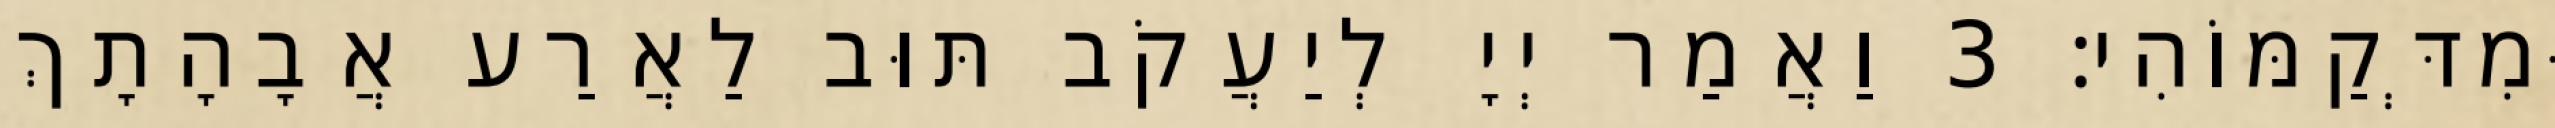
וּמִדְּקַמּוֹהִי׃ 3 וַאֲמַר יְיָ לְיַעֲקֹב תּוּב לַאֲרַע אֲבָהָתָךְ